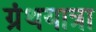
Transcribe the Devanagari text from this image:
ग्रंथयात्रा